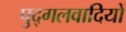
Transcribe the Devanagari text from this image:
पुद्गलवादियों